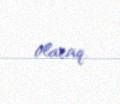
olacaq.